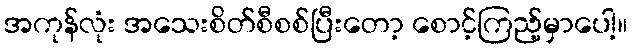
အကုန်လုံး အသေးစိတ်စီစစ်ပြီးတော့ စောင့်ကြည့်မှာပေါ့။